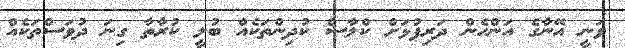
ވަނީ އޭނާގެ އަންހެން ދަރިފުޅަށް ކްލާސް ކުދިންތަކެއް ބުލީ ކުރާތާ ގިނަ ދުވަސްތަކެއް